Indian journal of veterinary science and animal husbandry - Volumes 26-27, 1956-1957
Year: 1956
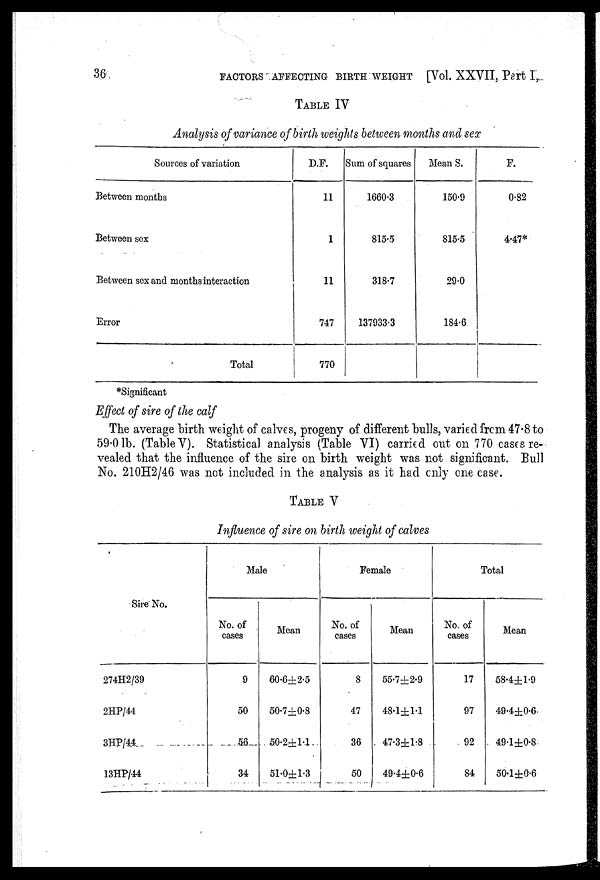
36
FACTORS AFFECTING BIRTH WEIGHT [Vol. XXVII, Part I.
TABLE IV
Analysis of variance of birth weights between months and sex
Sources of variation
Between months
Between sex
Between sex and months interaction
Error
Total
D.F.
11
1
11
747
770
Sum of squares
1660.3
815.5
318.7
137933.3
Mean S.
150.9
815.5
29.0
184.6
F.
0.82
4.47*
*Significant
Effect of sire of the calf
The average birth weight of calves, progeny of different bulls, varied from 47.8 to
59.0 lb. (Table V). Statistical analysis (Table VI) carried out on 770 cases re-
vealed that the influence of the sire on birth weight was not significant. Bull
No. 210H2/46 was not included in the analysis as it had only one case.
TABLE V
Influence of sire on birth weight of calves
Sire No.
274H2/39
2HP/44
3HP/44
13HP/44
Male
No. of
cases
9
50
56
34
Mean
60.6±2.5
50.7±0.8
50.2±1.1
51.0+1.3
Female
No. of
cases
8
47
36
50
Mean
55.7±2.9
48.1±1.1
47.3±1.8
49.4±0.6
Total
No. of
cases
17
97
92
84
Mean
58.4±1.9
49.4±0.6
49.1±0.8
50.1±0.6